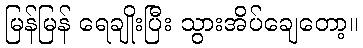
မြန်မြန် ရေချိုးပြီး သွားအိပ်ချေတော့။